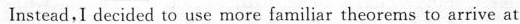
Instead,I decided to use rmore familiar theorems to arrive at